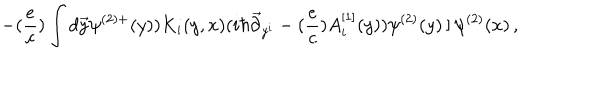
LaTeX: - ( { \frac { e } { c } } ) \int d \vec { y } \psi ^ { ( 2 ) + } ( y ) ) K _ { i } ( y , x ) ( i \hbar \vec { \partial } _ { y ^ { i } } - ( { \frac { e } { c } } ) A _ { i } ^ { [ 1 ] } ( y ) ) \psi ^ { ( 2 ) } ( y ) \left. \right] \psi ^ { ( 2 ) } ( x ) \, ,